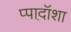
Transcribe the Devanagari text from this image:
प्पाद़ॉशा